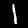
Digit: 1